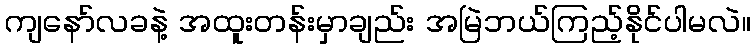
ကျနော်လခနဲ့ အထူးတန်းမှာချည်း အမြဲဘယ်ကြည့်နိုင်ပါမလဲ။